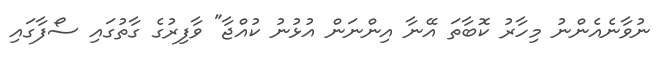
ނުވާނެއެންނު މިހާރު ކޮބާތަ އޭނާ އިންނަން އުޅުނު ކުއްޖާ" ވާފިރުގެ ގާތުގައި ސޯފާގައި